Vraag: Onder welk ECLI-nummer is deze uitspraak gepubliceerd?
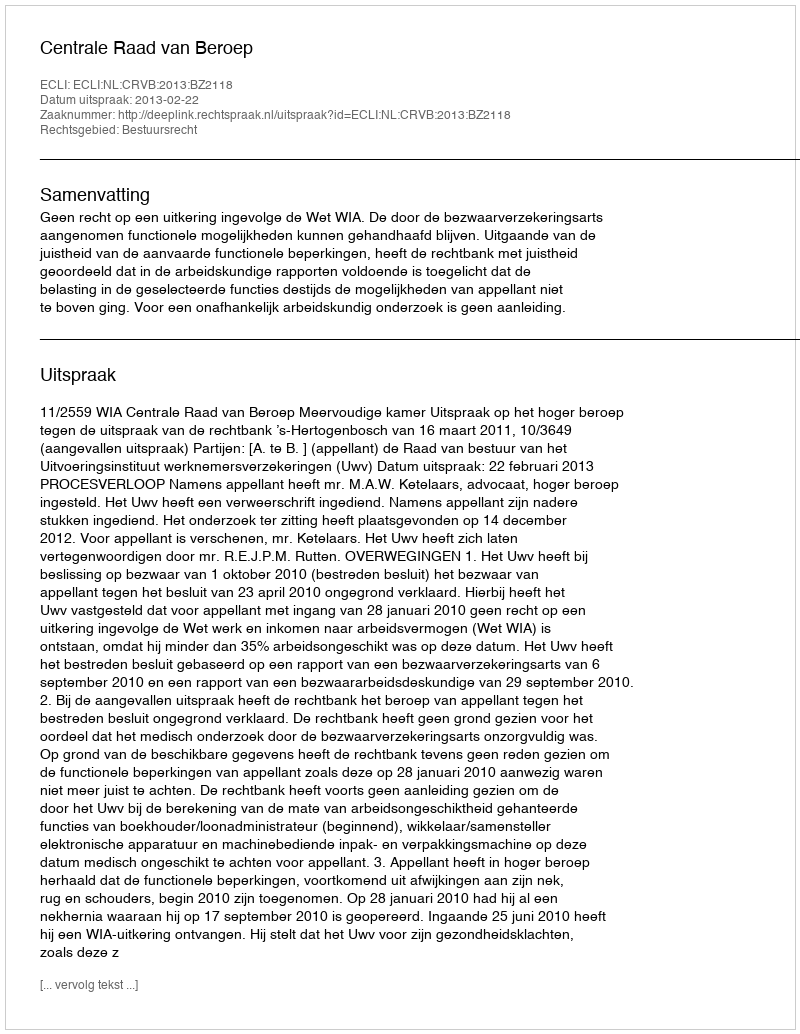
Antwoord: ECLI:NL:CRVB:2013:BZ2118